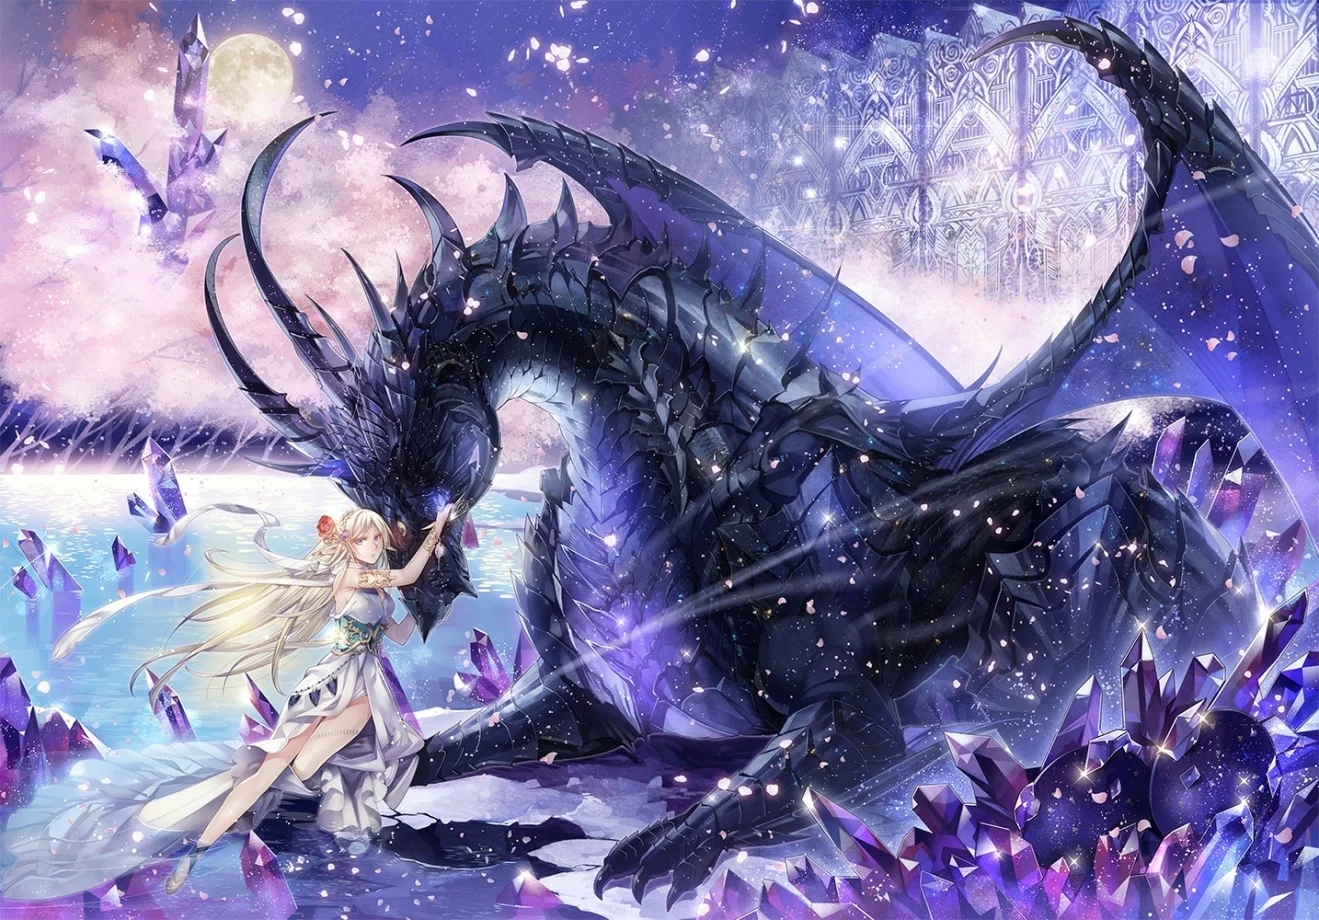
相思谩然自苦，算云烟过眼总成空。